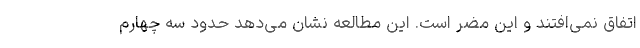
اتفاق نمی‌افتند و این مضر است. این مطالعه نشان می‌دهد حدود سه چهارم